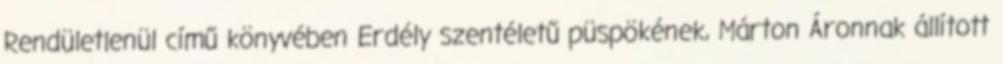
Rendületlenül című könyvében Erdély szentéletű püspökének, Márton Áronnak állított